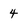
Character: 4